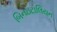
બિનઇટાલિયન